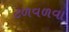
ટળવળવા